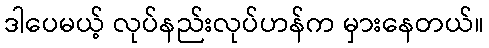
ဒါပေမယ့် လုပ်နည်းလုပ်ဟန်က မှားနေတယ်။